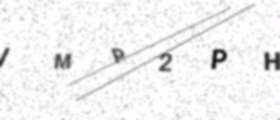
Text: IMP2PH